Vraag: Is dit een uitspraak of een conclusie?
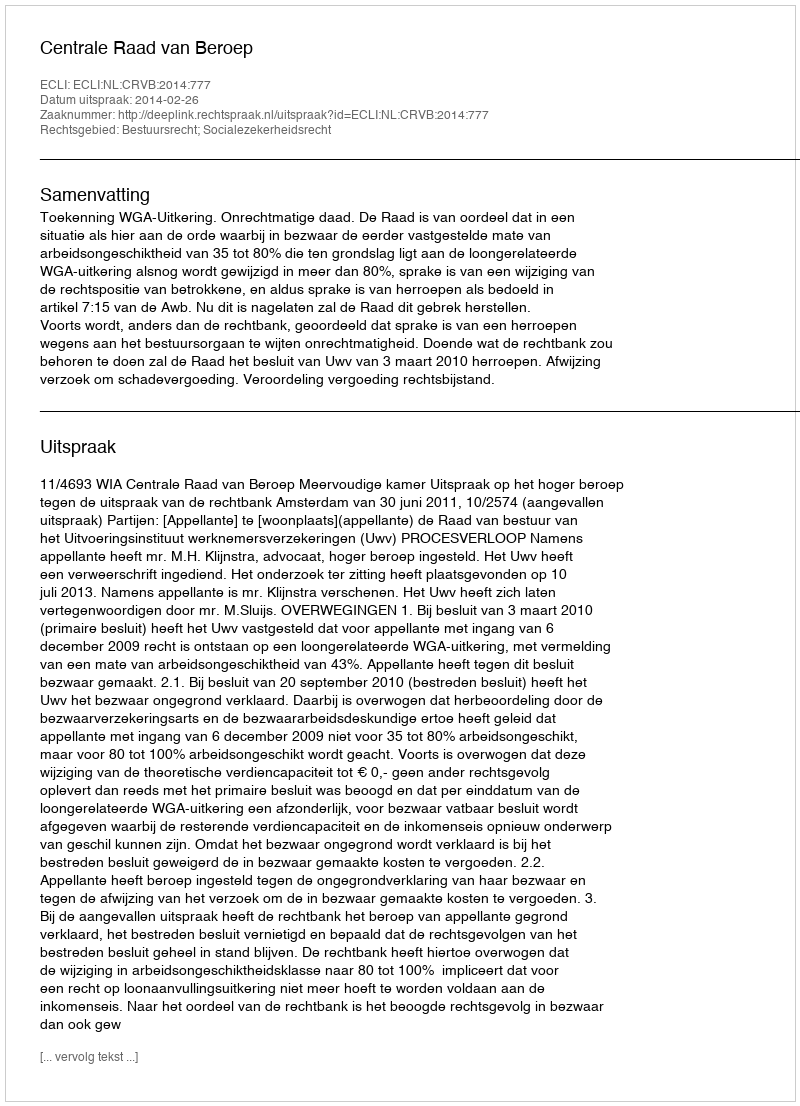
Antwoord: Uitspraak